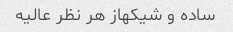
ساده و شیکهاز هر نظر عالیه